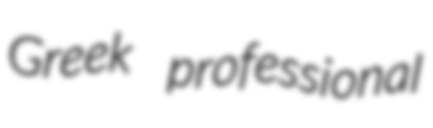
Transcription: Greek professional